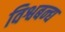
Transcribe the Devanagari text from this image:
विश्वबन्द्य